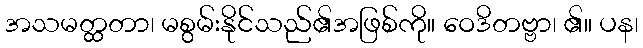
အသမတ္ထတာ၊ မစွမ်းနိုင်သည်၏အဖြစ်ကို။ ဝေဒိတဗ္ဗာ၊ ၏။ ပန၊